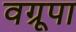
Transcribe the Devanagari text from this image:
वग्रूपा